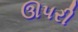
ઊપરી